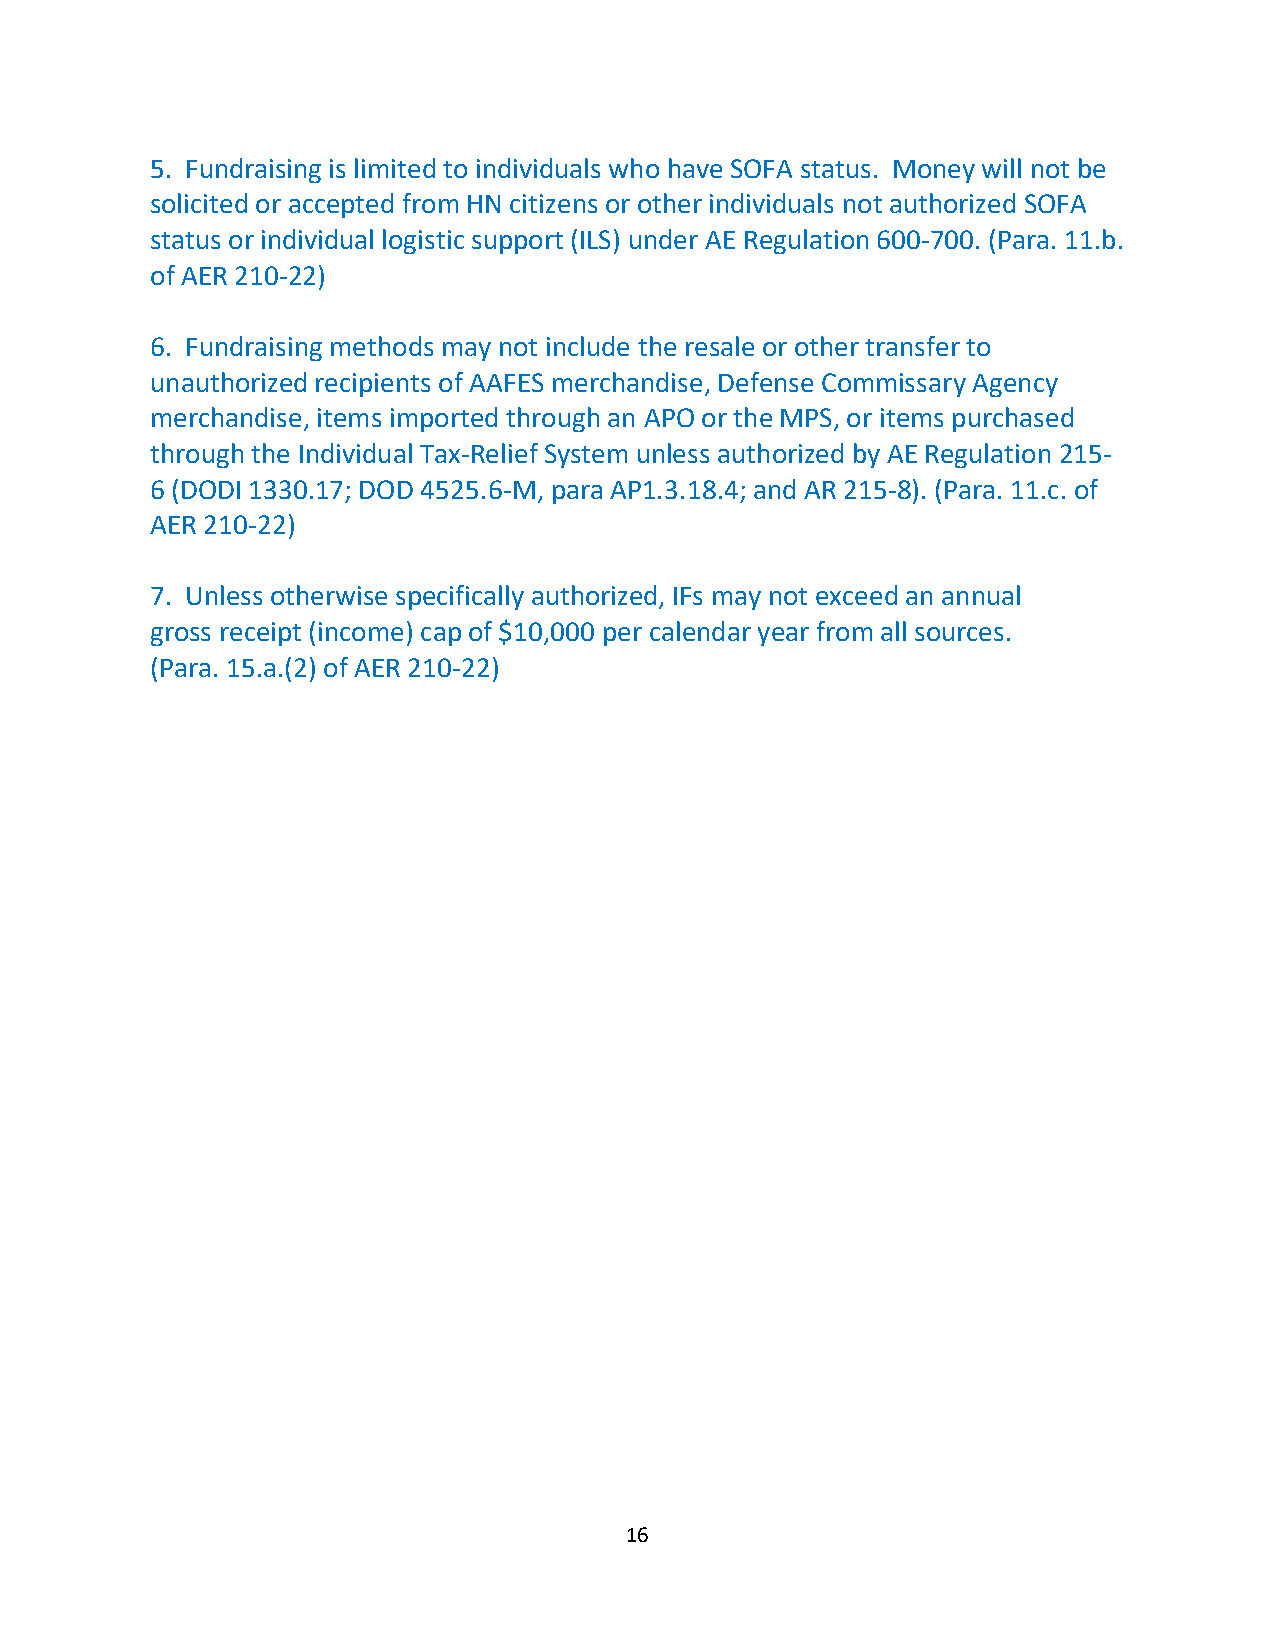
5. Fundraising is limited to individuals who have SOFA status. Money will not be
 solicited or accepted from HN citizens or other individuals not authorized SOFA
 status or individual logistic support (ILS) under AE Regulation 600-700. (Para. 11.b.
 of AER 210-22)
 6. Fundraising methods may not include the resale or other transfer to
 unauthorized recipients of AAFES merchandise, Defense Commissary Agency
 merchandise, items imported through an APO or the MPS, or items purchased
 through the Individual Tax-Relief System unless authorized by AE Regulation 215-
 6 (DODI 1330.17; DOD 4525.6-M, para AP1.3.18.4; and AR 215-8). (Para. 11.c. of
 AER 210-22)
 7. Unless otherwise specifically authorized, IFs may not exceed an annual
 gross receipt (income) cap of $10,000 per calendar year from all sources.
 (Para. 15.a.(2) of AER 210-22)
 16